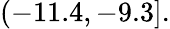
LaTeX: (-11.4,-9.3].